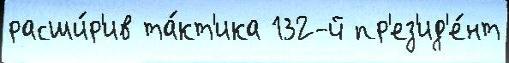
расши́р'ив та́кт'ика 132-й пр'ез'ид'е́нт